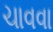
ચાવવા